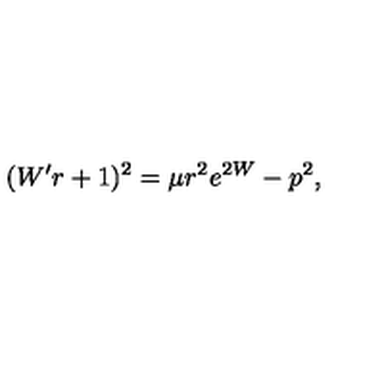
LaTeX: ( W ^ { \prime } r + 1 ) ^ { 2 } = \mu r ^ { 2 } e ^ { 2 W } - p ^ { 2 } ,